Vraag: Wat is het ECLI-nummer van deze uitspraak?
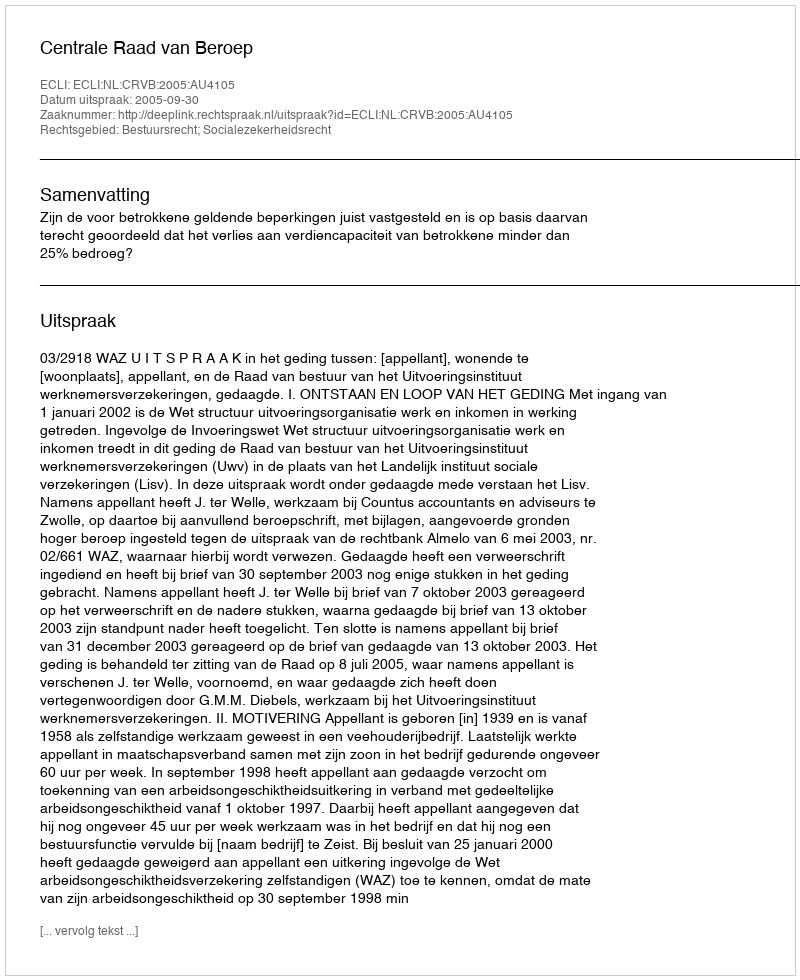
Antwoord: ECLI:NL:CRVB:2005:AU4105